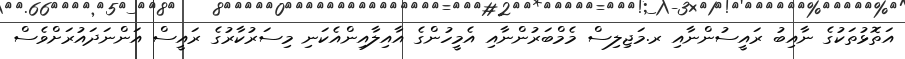
އަތޮޅުތަކުގެ ނާއިބު ރައީސުންނާއި ރ.މަޖިލިސް މެމްބަރުންނާއި އެމީހުންގެ އާއިލާއިންއެކަނި މިސަރުކާރުގެ ރައީސް އަންނަދައުރަށްވެސް